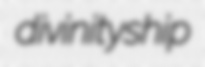
divinityship